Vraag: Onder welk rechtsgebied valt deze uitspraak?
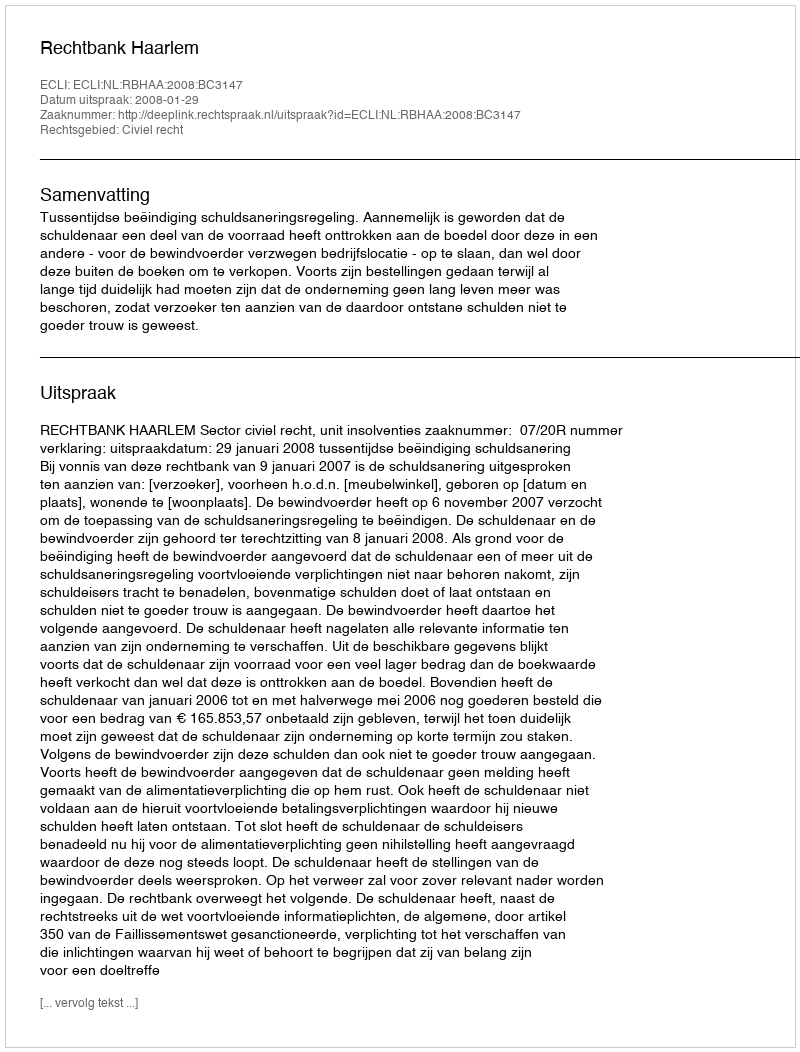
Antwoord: Civiel recht